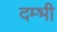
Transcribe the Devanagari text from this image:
दम्भी